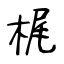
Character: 梶